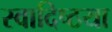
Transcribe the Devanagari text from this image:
स्वादिष्ठया